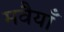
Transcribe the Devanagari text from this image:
मवैयाँ